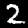
Digit: 2